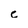
Character: c